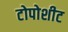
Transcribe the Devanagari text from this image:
टोपोशीट